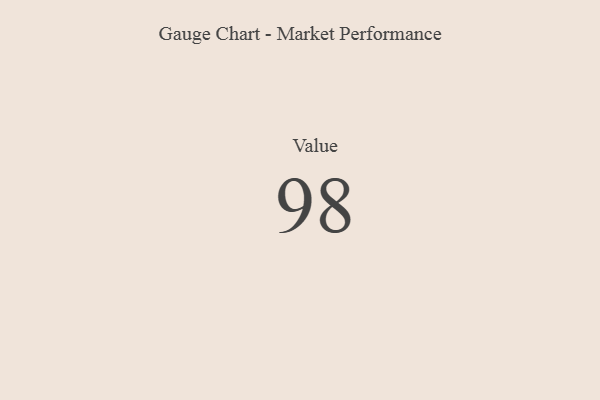
{"axis": {"x": "Metric", "y": "Value"}, "legend": [""], "data": [{"x": "Value", "y": 98, "type": ""}]}